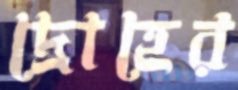
দ্রোহের